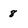
Character: 8